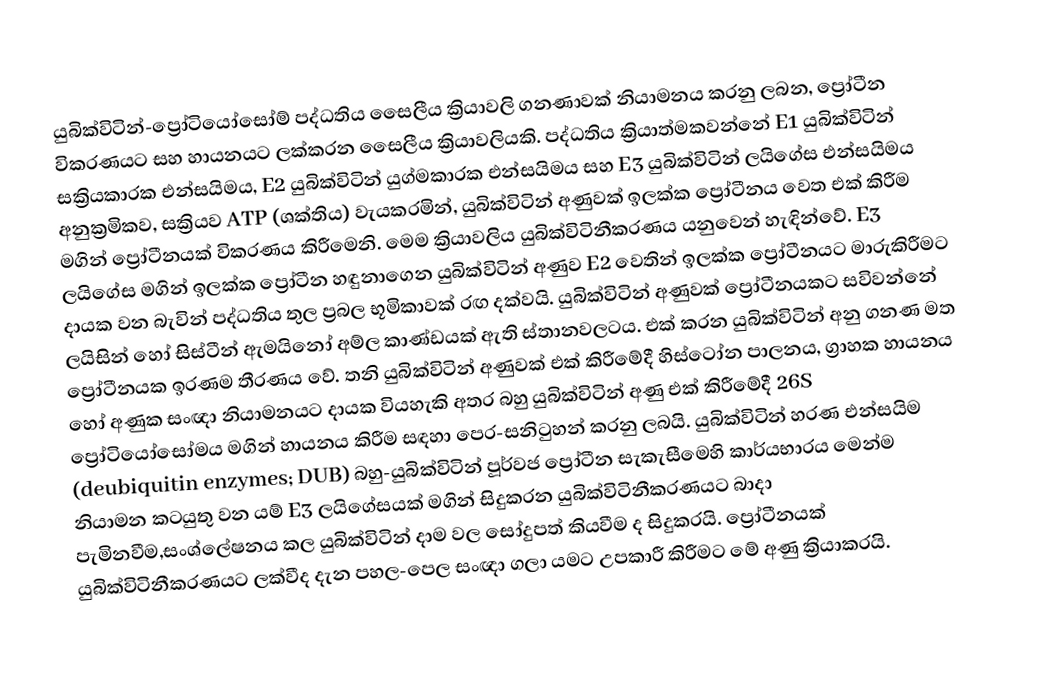
යුබික්විටින්-ප්‍රෝටියෝසෝම් පද්ධතිය සෛලීය ක්‍රියාවලි ගනණාවක් නියාමනය කරනු ලබන, ප්‍රෝටීන විකරණයට සහ හායනයට ලක්කරන සෛලීය ක්‍රියාවලියකි. පද්ධතිය  ක්‍රියාත්මකවන්නේ  E1 යුබික්විටින් සක්‍රියකාරක එන්සයිමය, E2 යුබික්විටින් යුග්මකාරක එන්සයිමය සහ E3 යුබික්විටින් ලයිගේස එන්සයිමය අනුක්‍රමිකව, සක්‍රියව ATP (ශක්තිය) වැයකරමින්, යුබික්විටින් අණුවක් ඉලක්ක ප්‍රෝටීනය වෙත එක් කිරීම මගින් ප්‍රෝටීනයක් විකරණය කිරීමෙනි. මෙම ක්‍රියාවලිය යුබික්විටිනීකරණය යනුවෙන් හැඳින්වේ. E3 ලයිගේස මගින් ඉලක්ක ප්‍රෝටීන හඳුනාගෙන යුබික්විටින් අණුව E2 වෙතින් ඉලක්ක ප්‍රෝටීනයට මාරුකිරීමට දායක වන බැවින් පද්ධතිය තුල ප්‍රබල භූමිකාවක් රඟ දක්වයි. යුබික්විටින් අණුවක් ප්‍රෝටීනයකට සවිවන්නේ ලයිසින් හෝ සිස්ටීන් ඇමයිනෝ අම්ල කාණ්ඩයක් ඇති ස්තානවලටය. එක් කරන යුබික්විටින් අනු ගනණ මත ප්‍රෝටීනයක ඉරණම තීරණය වේ. තනි යුබික්විටින් අණුවක් එක් කිරීමේදී හිස්ටෝන පාලනය, ග්‍රාහක හායනය හෝ අණුක සංඥා නියාමනයට දායක වියහැකි අතර බහු යුබික්විටින් අණු එක් කිරීමේදී 26S ප්‍රෝටියෝසෝමය මගින් හායනය කිරීම සඳහා පෙර-සනිටුහන් කරනු ලබයි. යුබික්විටින් හරණ එන්සයිම (deubiquitin enzymes; DUB) බහු-යුබික්විටින් පූර්වජ ප්‍රෝටීන සැකැසීමෙහි කාර්යභාරය මෙන්ම නියාමන කටයුතු වන යම් E3 ලයිගේසයක් මගින් සිදුකරන යුබික්විටිනීකරණයට  බාදා  පැමිනවීම,සංශ්ලේෂනය කල යුබික්විටින් දාම වල සෝදුපත් කියවීම ද සිදුකරයි. ප්‍රෝටීනයක් යුබික්විටිනීකරණයට ලක්වීද දැන පහල-පෙල සංඥා ගලා යමට උපකාරී කිරීමට මේ අණු ක්‍රියාකරයි.